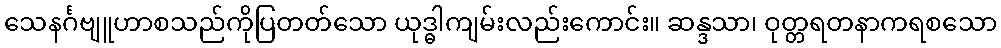
သေနင်္ဂဗျူဟာစသည်ကိုပြတတ်သော ယုဒ္ဓါကျမ်းလည်းကောင်း။ ဆန္ဒသာ၊ ဝုတ္တရတနာကရစသော